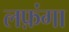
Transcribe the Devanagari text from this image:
लफ़ंगा